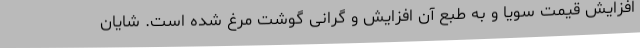
افزایش قیمت سویا و به طبع آن افزایش و گرانی گوشت مرغ شده است. شایان